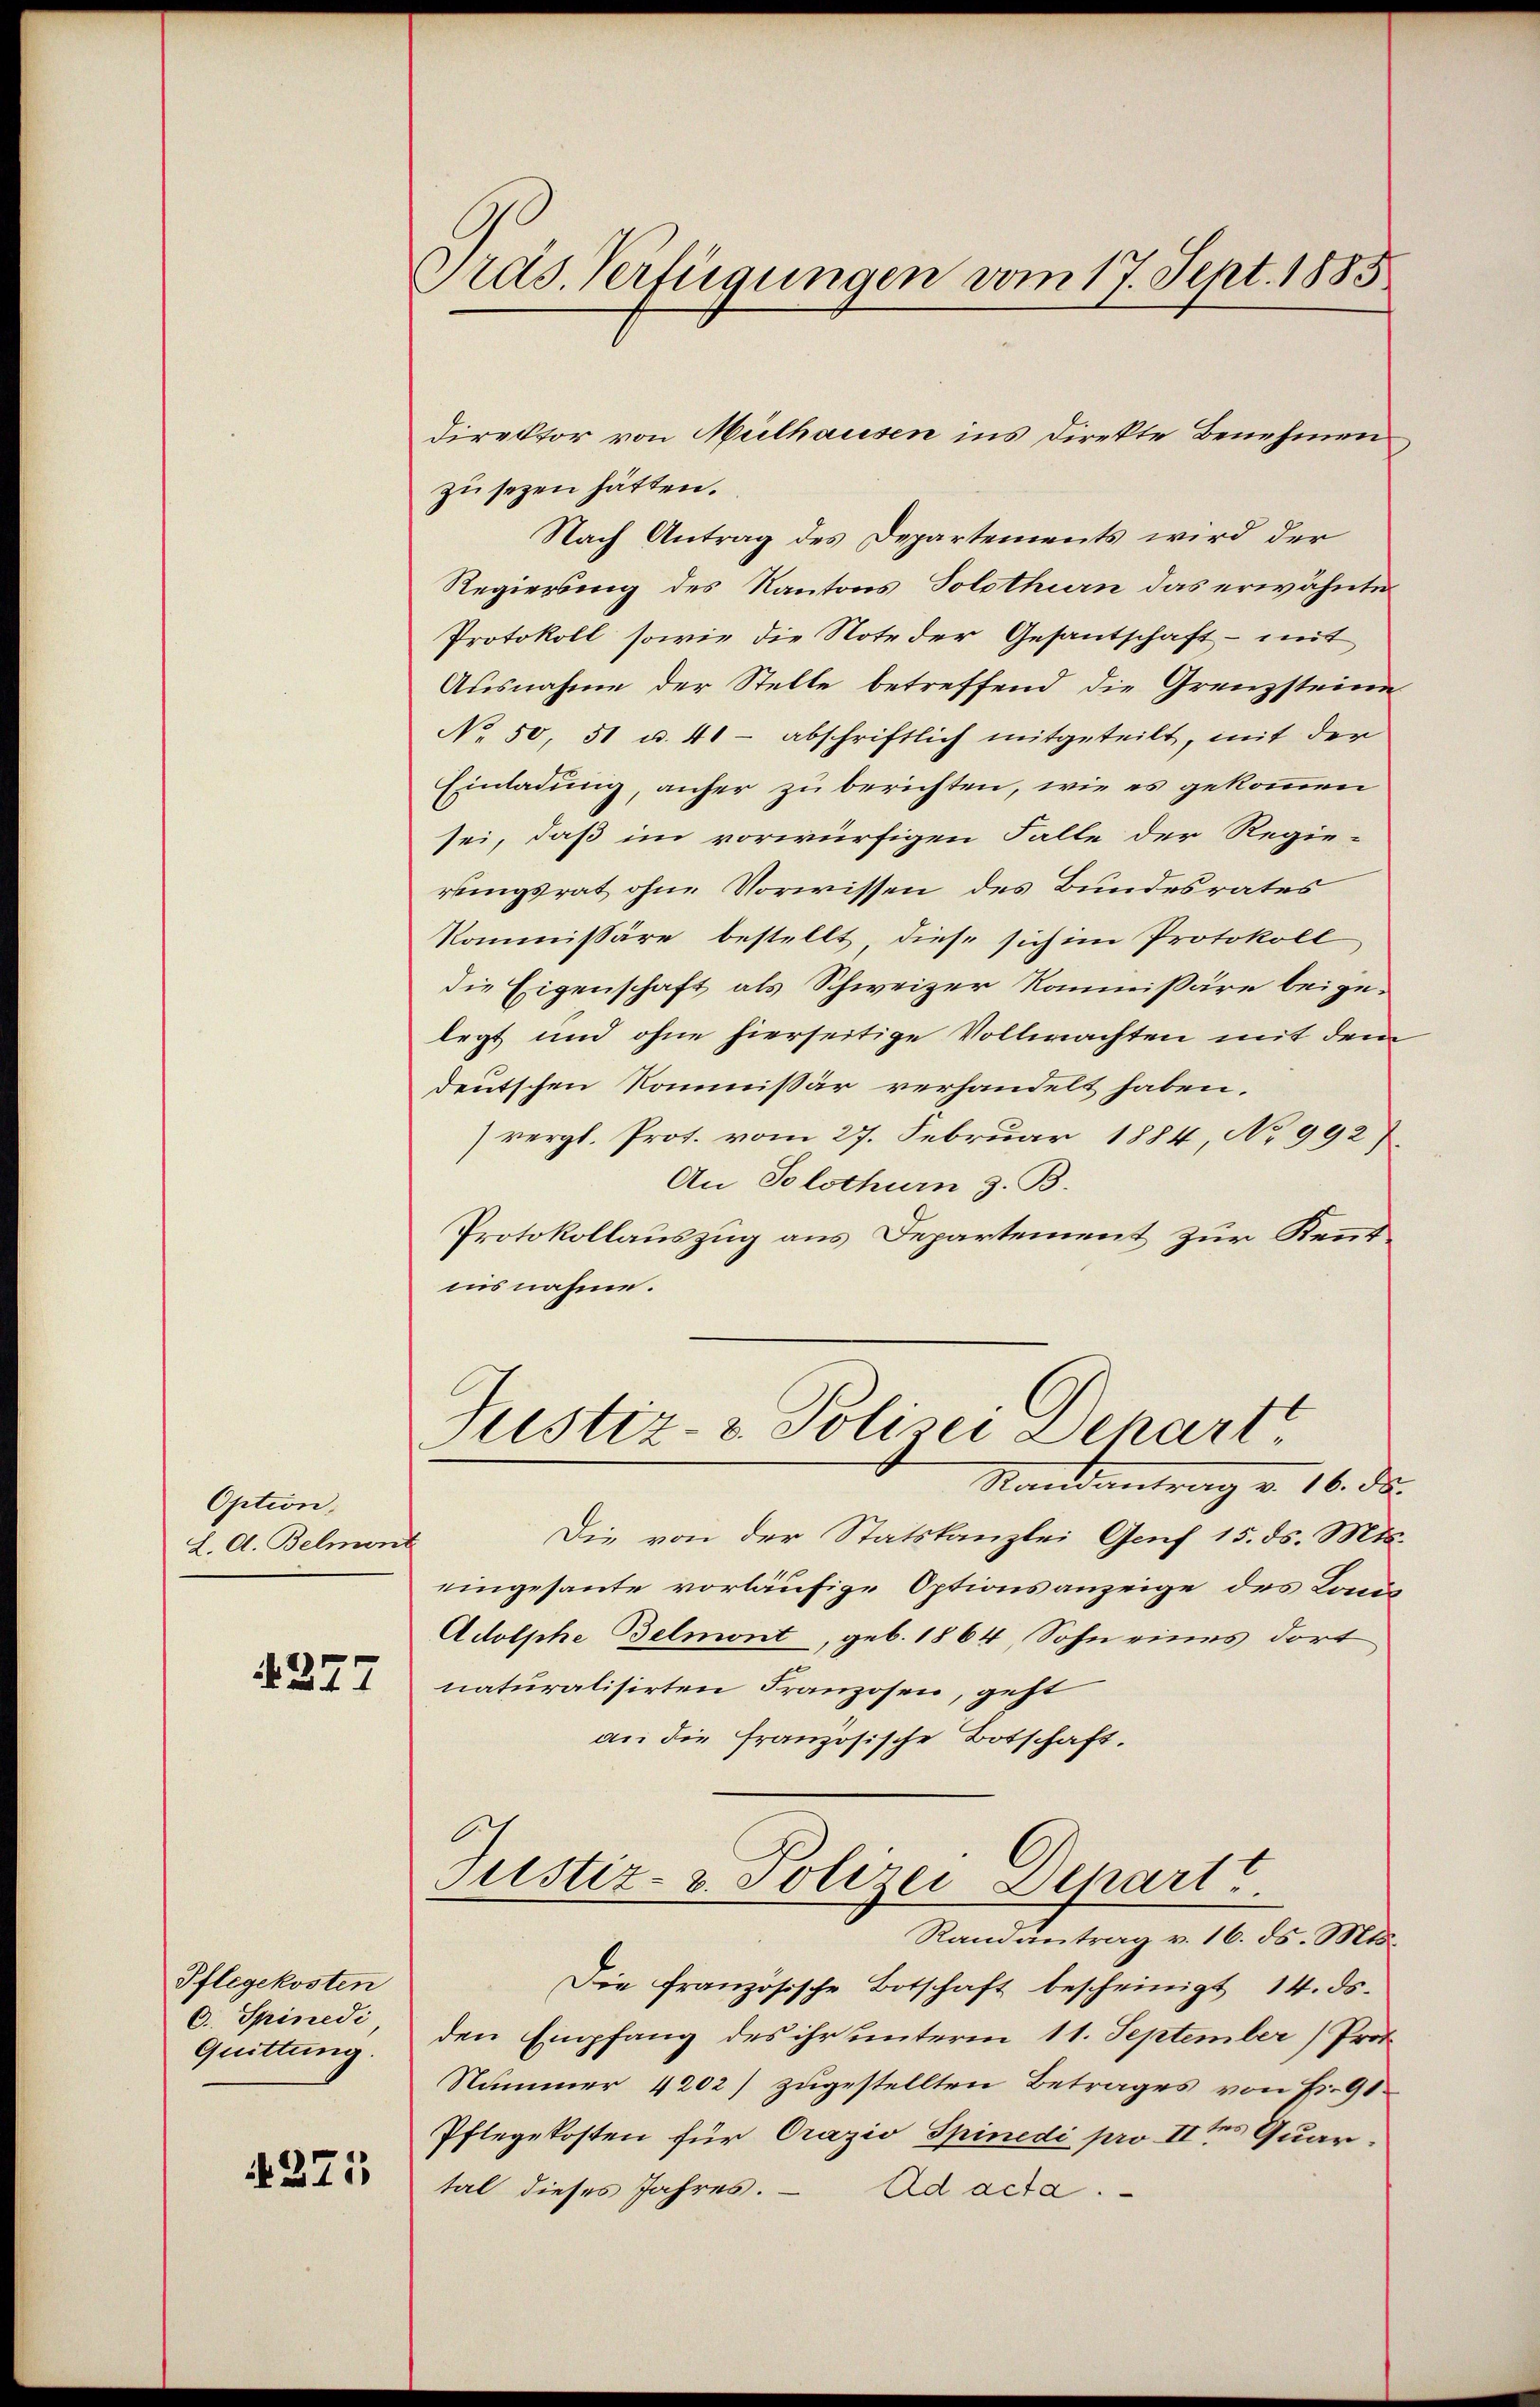
Option,
L. A. Belment

4277

Pflegekosten
C. Spinedi
Quittung.

§271

Gras Verfügungen vom 17. Sept. 1885

direktor von Mülhausen ins Direkte Benehmen
zu sezen hätten.
Nach Antrag des Departements wird der
Regierung des Kantons Solothurn das erwähnte
Protokoll, sowie die Note der Gesantschaft - mit
Ausnahme der Stelle betreffend die Grenzsteine
No 50, 51 u. 41 - abschriftlich mitgeteilt, mit der
Einladung, anher zu berichten, wie es gekommen
sei, daß im vorwürfigen Falle der Regie-
rungsrat ohne Vorwissen des Bundesrates
Kommissäre bestellt, diese sich im Protokoll,
die Eigenschaft als Schweizer Kommißäre beigelegt und ohne hierseitige Vollmachten mit dem
deutschen Kommissär verhandelt haben.
vergl. Prot. vom 27. Februar 1884, No 992)
An Solothurn z. B.
Protokollauszug aus Departement zur Kenntiusnahme.

Die von der Statskanzlei Genf 15. ds. Mts.
eingesante vorläufige Optionsanzeige des Conci¬
Adolphe Belmont, geb. 1864, Sohn eines dort
naturalisirten Franzosen, geht
an die französische Botschaft.
Justiz- & Polizei Depart
Randantrag v. 16. ds. Mts.
Die französische Botschaft bescheinigt 14. ds.
den Empfang des ihr unterm 11. September (Prof.
Nummer 4202) zugestellten Betrages von Fr. 91
Pflegekosten für Orazio Spinedi pro II tes Quar
tal dieses Jahres.
Ad acta.

Justiz- & Polizei Schartt
Randantrag v. 16. ds.